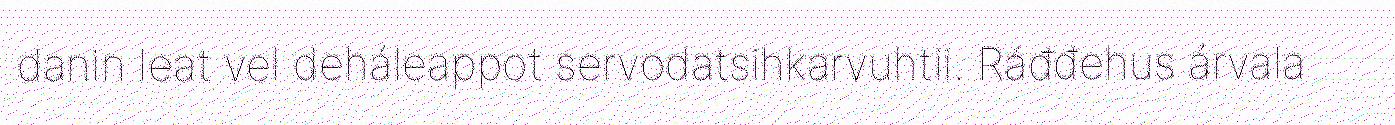
danin leat vel deháleappot servodatsihkarvuhtii. Ráđđehus árvala